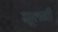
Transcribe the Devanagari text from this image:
झूलनी